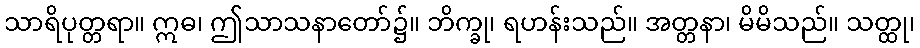
သာရိပုတ္တရာ။ ဣဓ၊ ဤသာသနာတော်၌။ ဘိက္ခု၊ ရဟန်းသည်။ အတ္တနာ၊ မိမိသည်။ သတ္ထု၊